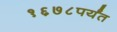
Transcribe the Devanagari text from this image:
१६७८पर्यंत